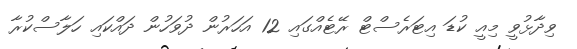
ވިދާޅުވީ މިއީ ކުޑަ އިޓަރެސްޓް ރޭޓެއްގައި 12 އަހަރުން ދުވަހުން ދައްކައި ހަލާސްކުރާ